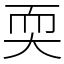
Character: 耎